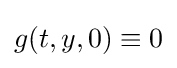
g(t,y,0)\equiv 0